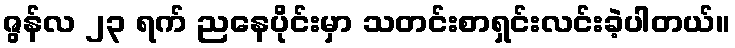
ဇွန်လ ၂၃ ရက် ညနေပိုင်းမှာ သတင်းစာရှင်းလင်းခဲ့ပါတယ်။